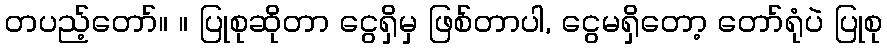
တပည့်တော်။ ။ ပြုစုဆိုတာ ငွေရှိမှ ဖြစ်တာပါ, ငွေမရှိတော့ တော်ရုံပဲ ပြုစု